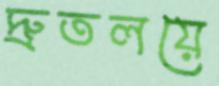
দ্রুতলয়ে